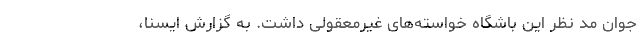
جوان مد نظر این باشگاه خواسته‌های غیرمعقولی داشت. به گزارش ایسنا،